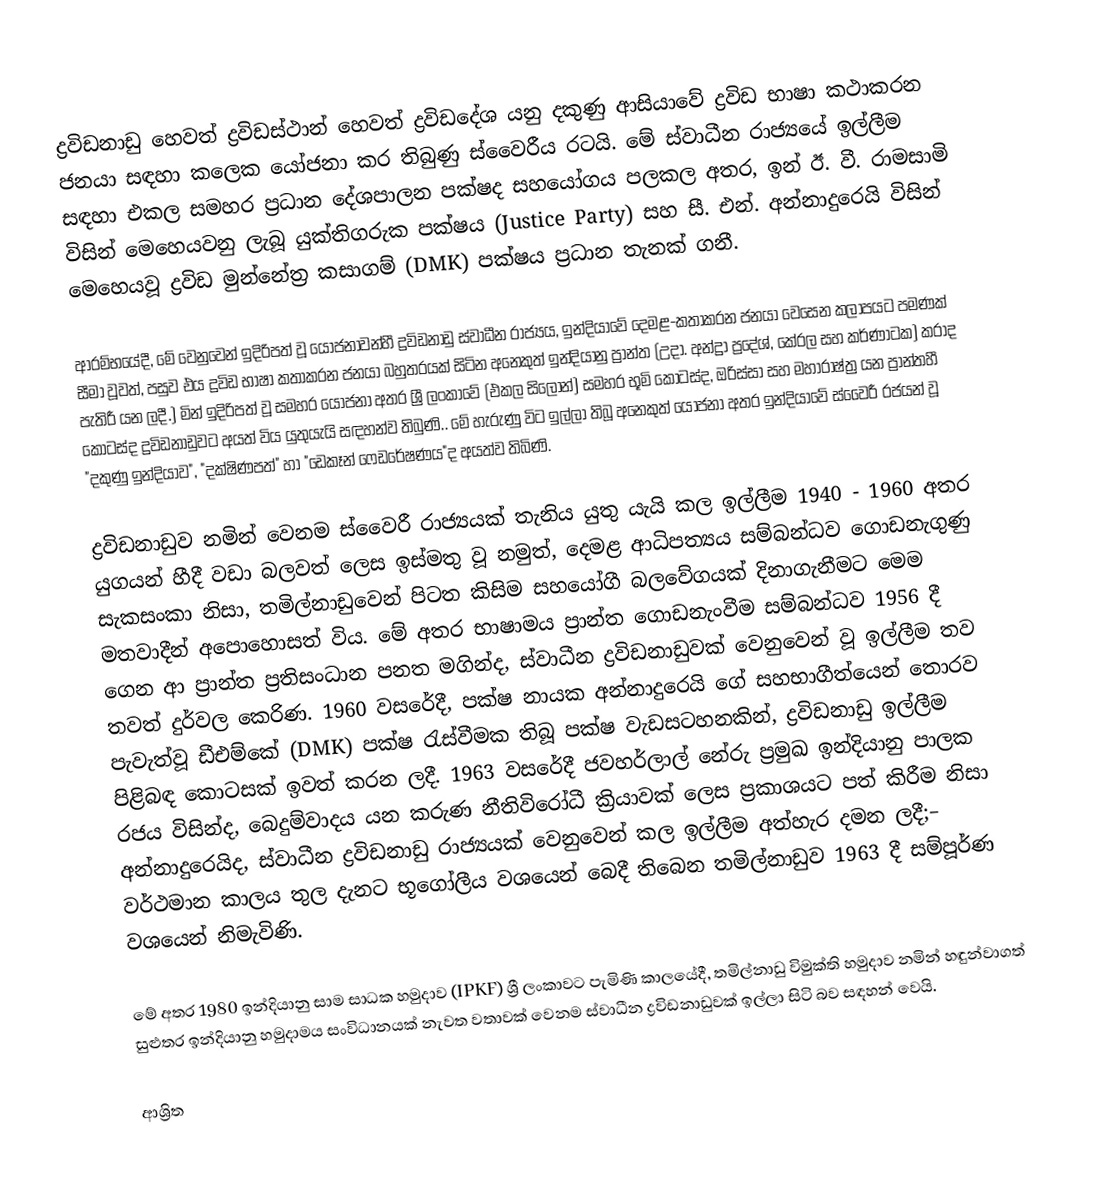
ද්‍රවිඩනාඩු හෙවත් ද්‍රවිඩස්ථාන් හෙවත් ද්‍රවිඩදේශ යනු දකුණු ආසියාවේ ද්‍රවිඩ භාෂා කථාකරන ජනයා සඳහා කලෙක යෝජනා කර තිබුණු ස්වෛරීය රටයි. මේ ස්වාධීන රාජ්‍යයේ ඉල්ලීම සඳහා එකල සමහර ප්‍රධාන දේශපාලන පක්ෂද සහයෝගය පලකල අතර, ඉන් ඊ. වී. රාමසාමි විසින් මෙහෙයවනු ලැබූ යුක්තිගරුක පක්ෂය (Justice Party) සහ සී. එන්. අන්නාදුරෙයි විසින් මෙහෙයවූ ද්‍රවිඩ මුන්නේත්‍ර කසාගම් (DMK) පක්ෂය ප්‍රධාන තැනක් ගනී.

ආරම්භයේදී, මේ වෙනුවෙන් ඉදිරිපත් වූ යෝජනාවන්හී ද්‍රවිඩනාඩු ස්වාධීන රාජ්‍යය, ඉන්දියාවේ දෙමළ-කතාකරන ජනයා වෙසෙන කලාපයට පමණක් සීමා වූවත්, පසුව එය ද්‍රවිඩ භාෂා කතාකරන ජනයා බහුතරයක් සිටින අනෙකුත් ඉන්දියානු ප්‍රාන්ත (උදා. අන්ද්‍රා ප්‍රදේශ්, කේරල සහ කර්ණාටක) කරාද පැතිරී යන ලදී.) මින් ඉදිරිපත් වූ සමහර යෝජනා අතර ශ්‍රී ලංකාවේ (එකල සිලෝන්) සමහර භූමි කොටස්ද, ඔරිස්සා සහ මහාරාෂ්ත්‍ර යන ප්‍රාන්තහී කොටස්ද ද්‍රවිඩනාඩුවට අයත් විය යුතුයැයි සඳහන්ව තිබුණි.. මේ හැරුණු විට ඉල්ලා තිබූ අනෙකුත් යෝජනා අතර ඉන්දියාවේ ස්වෛරී රජයන් වූ "දකුණු ඉන්දියාව", "දක්ෂිණපත්" හා "ඩෙකෑන් ෆෙඩරේෂණය"ද අයත්ව තිබිණි.

ද්‍රවිඩනාඩුව නමින් වෙනම ස්වෛරී රාජ්‍යයක් තැනිය යුතු යැයි කල ඉල්ලීම 1940 - 1960 අතර යුගයන් හීදී වඩා බලවත් ලෙස ඉස්මතු වූ නමුත්, දෙමළ ආධිපත්‍යය සම්බන්ධව ගොඩනැගුණු සැකසංකා නිසා, තමිල්නාඩුවෙන් පිටත කිසිම සහයෝගී බලවේගයක්  දිනාගැනීමට මෙම මතවාදීන් අපොහොසත් විය. මේ අතර භාෂාමය ප්‍රාන්ත ගොඩනැංවීම සම්බන්ධව 1956 දී ගෙන ආ ප්‍රාන්ත ප්‍රතිසංධාන පනත මගින්ද, ස්වාධීන ද්‍රවිඩනාඩුවක් වෙනුවෙන් වූ ඉල්ලීම තව තවත් දුර්වල කෙරිණ. 1960 වසරේදී, පක්ෂ නායක අන්නාදුරෙයි ගේ සහභාගීත්යෙන් තොරව පැවැත්වූ ඩීඑම්කේ (DMK) පක්ෂ රැස්වීමක තිබූ පක්ෂ වැඩසටහනකින්, ද්‍රවිඩනාඩු ඉල්ලීම පිළිබඳ කොටසක් ඉවත් කරන ලදී. 1963 වසරේදී ජවහර්ලාල් නේරු ප්‍රමුඛ ඉන්දියානු පාලක රජය විසින්ද, බෙදුම්වාදය යන කරුණ නීතිවිරෝධී ක්‍රියාවක් ලෙස ප්‍රකාශයට පත් කිරීම නිසා අන්නාදුරෙයිද, ස්වාධීන ද්‍රවිඩනාඩු රාජ්‍යයක් වෙනුවෙන් කල ඉල්ලීම අත්හැර දමන ලදී;– වර්ථමාන කාලය තුල දැනට භූගෝලීය වශයෙන් බෙදී තිබෙන තමිල්නාඩුව 1963 දී සම්පූර්ණ වශයෙන් නිමැවිණි.

මේ අතර 1980 ඉන්දියානු සාම සාධක හමුදාව (IPKF) ශ්‍රී ලංකාවට පැමිණි කාලයේදී, තමිල්නාඩු විමුක්ති හමුදාව නමින් හඳුන්වාගත් සුළුතර ඉන්දියානු හමුදාමය සංවිධානයක් නැවත වතාවක් වෙනම ස්වාධීන ද්‍රවිඩනාඩුවක් ඉල්ලා සිටි බව සඳහන් වෙයි.

ආශ්‍රිත